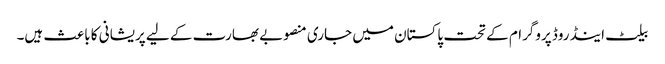
بیلٹ اینڈ روڈ پروگرام کے تحت پاکستان میں جاری منصوبے بھارت کے لیے پریشانی کا باعث ہیں۔